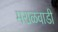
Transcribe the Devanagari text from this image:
मराळवाडी